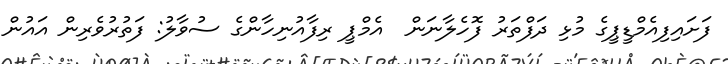
ފަށައިފިއެމްޑީޕީގެ މުޅި ދަފްތަރު ފޮހެލާނަން  އެމްޕީ ރިފާއުނިހާންގެ ސުވާލު: ފަތުރުވެރިން އައުން